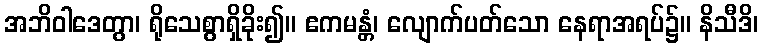
အဘိဝါဒေတွာ၊ ရိုသေစွာရှိခိုး၍။ ဧကမန္တံ၊ လျောက်ပတ်သော နေရာအရပ်၌။ နိသီဒိ၊